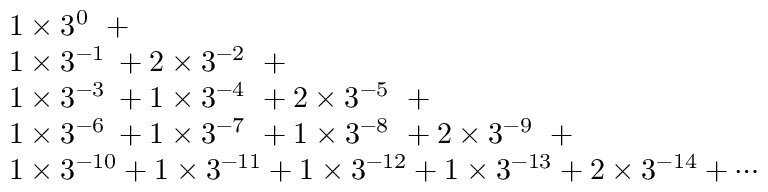
\begin{array} { l } { 1 \times 3 ^ { 0 \, \, \, } + { } } \\ { 1 \times 3 ^ { - 1 \, \, } + 2 \times 3 ^ { - 2 \, \, \, } + { } } \\ { 1 \times 3 ^ { - 3 \, \, } + 1 \times 3 ^ { - 4 \, \, \, } + 2 \times 3 ^ { - 5 \, \, \, } + { } } \\ { 1 \times 3 ^ { - 6 \, \, } + 1 \times 3 ^ { - 7 \, \, \, } + 1 \times 3 ^ { - 8 \, \, \, } + 2 \times 3 ^ { - 9 \, \, \, } + { } } \\ { 1 \times 3 ^ { - 1 0 } + 1 \times 3 ^ { - 1 1 } + 1 \times 3 ^ { - 1 2 } + 1 \times 3 ^ { - 1 3 } + 2 \times 3 ^ { - 1 4 } + \cdots } \end{array}